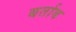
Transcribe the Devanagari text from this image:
बर्ताब